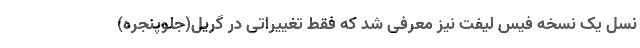
نسل یک نسخه فیس لیفت نیز معرفی شد که فقط تغییراتی در گریل(جلوپنجره)